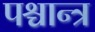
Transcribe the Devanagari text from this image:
पश्चान्त्र